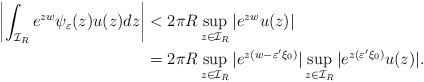
LaTeX: \begin{align*}\left|\int_{\mathcal{I}_R} e^{zw}\psi_{\varepsilon}(z)u(z) dz \right| &< 2\pi R \sup_{z\in \mathcal{I}_R} |e^{zw}u(z)|\\ &= 2\pi R \sup_{z\in \mathcal{I}_R} |e^{z(w-\varepsilon' \xi_0)}|\sup_{z\in \mathcal{I}_R}|e^{z(\varepsilon'\xi_0)}u(z)|.\end{align*}